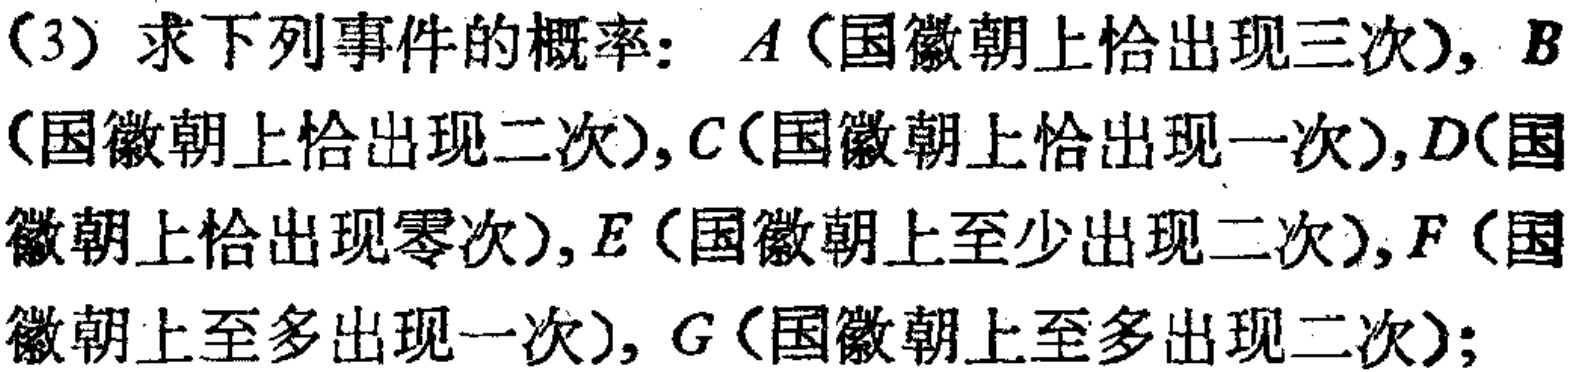
（3）求下列事件的概率：\(A\)（国徽朝上恰出现三次），\(B\)（国徽朝上恰出现二次），\(C\)（国徽朝上恰出现一次），\(D\)（国徽朝上恰出现零次），\(E\)（国徽朝上至少出现二次），\(F\)（国徽朝上至多出现一次），\(G\)（国徽朝上至多出现二次）；